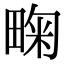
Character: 㽤